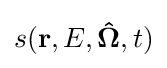
s(\mathbf {r} ,E,\mathbf {\hat {\Omega }} ,t)